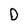
Character: D